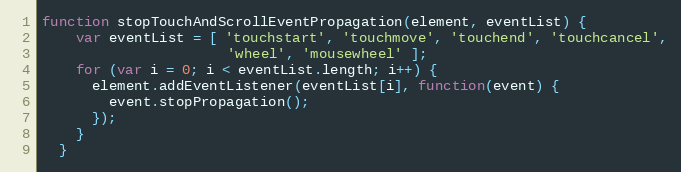
Language: JavaScript
function stopTouchAndScrollEventPropagation(element, eventList) {
    var eventList = [ 'touchstart', 'touchmove', 'touchend', 'touchcancel',
                      'wheel', 'mousewheel' ];
    for (var i = 0; i < eventList.length; i++) {
      element.addEventListener(eventList[i], function(event) {
        event.stopPropagation();
      });
    }
  }